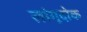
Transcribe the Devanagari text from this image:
लांगूदोक